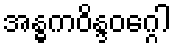
အန္ဓကဝိန္ဒဝဂ္ဂေါ